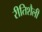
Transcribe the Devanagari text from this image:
रीतिशैली